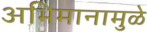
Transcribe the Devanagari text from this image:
अभिमानामुळे